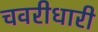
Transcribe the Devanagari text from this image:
चवरीधारी